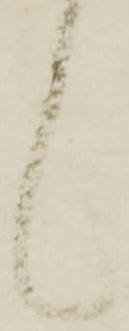
し